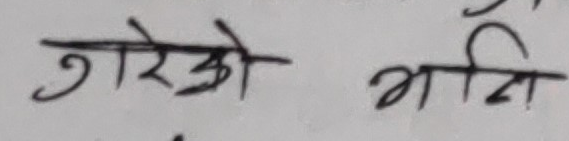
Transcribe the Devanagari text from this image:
गरेको भाँनि